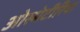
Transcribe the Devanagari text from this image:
ओस्मेटीरिया